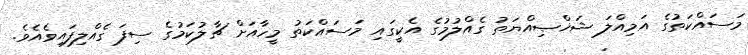
މަސައްކަތުގެ އަމިއްލަ ޝަޚްޞިއްޔަތު ގެއްލުމުގެ އެކީގައި މަސައްކަތު މީހާއަށް ޗާލުކަމުގެ ސިފަ ގެއްލިފައިވެއެވެ.